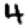
Digit: 4